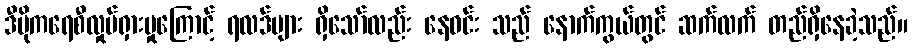
ဒီမိုကရေစီလှုပ်ရှားမှုကြောင့် ရလဒ်များ ရှိသော်လည်း နေဝင်း သည် နောက်ကွယ်တွင် ဆက်လက် တည်ရှိနေခဲ့သည်။